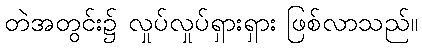
တဲအတွင်း၌ လှုပ်လှုပ်ရှားရှား ဖြစ်လာသည်။